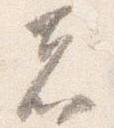
者